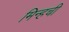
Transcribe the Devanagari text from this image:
मिन्हची